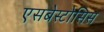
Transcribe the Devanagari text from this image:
एसबेस्टोसिस